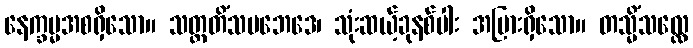
နေက္ခမ္မအစရှိသော။ သတ္တတိံသပဘေဒေ၊ သုံးဆယ့်ခုနစ်ပါး အပြားရှိသော။ တသ္မိံသလ္လေ